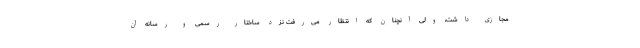
مجازی داشت، ولی آنچنان که انتظار می‌رفت نزد ساختار رسمی و رسانه آن